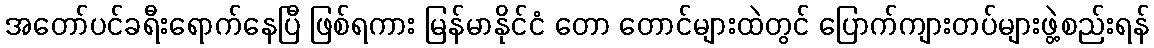
အတော်ပင်ခရီးရောက်နေပြီ ဖြစ်ရကား မြန်မာနိုင်ငံ တော တောင်များထဲတွင် ပြောက်ကျားတပ်များဖွဲ့စည်းရန်